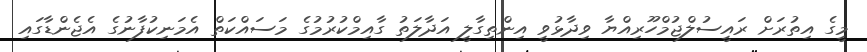
މީގެ އިތުރަށް ރައީސުލްޖުމްހޫރިއްޔާ ވިދާޅުވީ އިންތިގާލީ އަދާލަތު ގާއިމްކުރުމުގެ މަސައްކަތް އެމަނިކުފާނުގެ އެޖެންޑާގައި